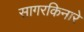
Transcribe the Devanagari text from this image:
सागरकिनारे